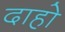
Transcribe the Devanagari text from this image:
दाहो